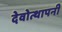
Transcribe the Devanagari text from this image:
देवोत्थापनी